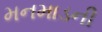
મનમાડની